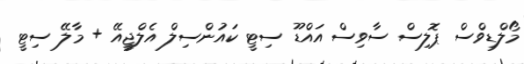
މޯލްޑިވްސް ޕޮލިސް ސާވިސް އައްޑޫ ސިޓީ ކައުންސިލް އެލްޖީއޭ + މާލޭ ސިޓީ